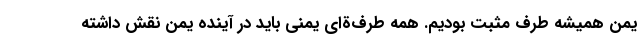
یمن همیشه طرف مثبت بودیم. همه طرف‌ةای یمنی باید در آینده یمن نقش داشته